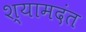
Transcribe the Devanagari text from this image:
श्यामदंत